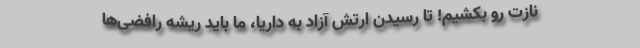
نازت رو بکشیم! تا رسیدن ارتش آزاد به داریا، ما باید ریشه رافضی‌ها